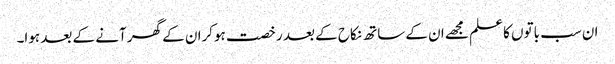
ان سب باتوں کا علم مجھے ان کے ساتھ نکاح کے بعد رخصت ہوکران کے گھر آنے کے بعد ہوا۔